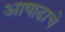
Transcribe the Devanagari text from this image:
आषाढाचे